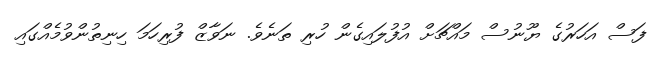
ފަސް އަހަރުގެ ޔޫނުސް މައްޗަށް އުފުލައިގެން ހުރި ތަނެވެ. ނަވާޒް ފުރިހަމަ ހިނިތުންވުމެއްގައި